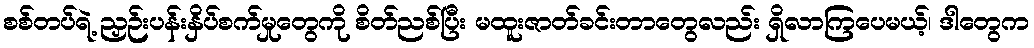
စစ်တပ်ရဲ့ ညှဉ်းပန်းနှိပ်စက်မှုတွေကို စိတ်ညစ်ပြီး မထူးဇာတ်ခင်းတာတွေလည်း ရှိလာကြပေမယ့်၊ ဒါတွေက